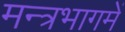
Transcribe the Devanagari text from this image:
मन्त्रभागमें